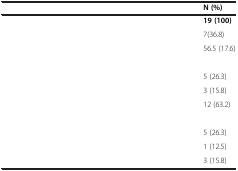
<table><thead><tr><td>[EMPTY_CELL]</td><td><b>N (%)</b></td></tr></thead><tbody><tr><td>[EMPTY_CELL]</td><td><b>19 (100)</b></td></tr><tr><td>[EMPTY_CELL]</td><td>7(36.8)</td></tr><tr><td>[EMPTY_CELL]</td><td>56.5 (17.6)</td></tr><tr><td>[EMPTY_CELL]</td><td>[EMPTY_CELL]</td></tr><tr><td>[EMPTY_CELL]</td><td>5 (26.3)</td></tr><tr><td>[EMPTY_CELL]</td><td>3 (15.8)</td></tr><tr><td>[EMPTY_CELL]</td><td>12 (63.2)</td></tr><tr><td>[EMPTY_CELL]</td><td>[EMPTY_CELL]</td></tr><tr><td>[EMPTY_CELL]</td><td>5 (26.3)</td></tr><tr><td>[EMPTY_CELL]</td><td>1 (12.5)</td></tr><tr><td>[EMPTY_CELL]</td><td>3 (15.8)</td></tr></tbody></table>